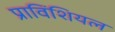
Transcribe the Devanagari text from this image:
प्राविंशियल